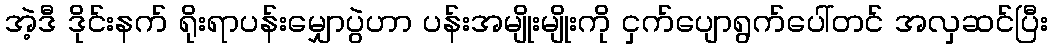
အဲ့ဒီ ဒိုင်းနက် ရိုးရာပန်းမျှောပွဲဟာ ပန်းအမျိုးမျိုးကို ငှက်ပျောရွက်ပေါ်တင် အလှဆင်ပြီး